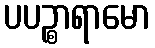
ပပဉ္စာရာမော